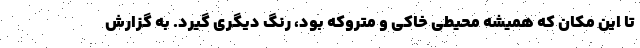
تا این مکان که همیشه محیطی خاکی و متروکه بود، رنگ دیگری گیرد. به گزارش